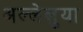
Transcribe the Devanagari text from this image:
अल्लेलुया